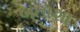
બતાશા